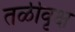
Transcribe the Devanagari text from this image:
तळीवृक्ष